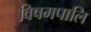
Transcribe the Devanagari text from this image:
विषमपालि